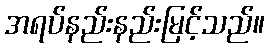
အရပ်နည်းနည်းမြင့်သည်။